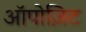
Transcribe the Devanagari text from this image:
ऑपोज़िट